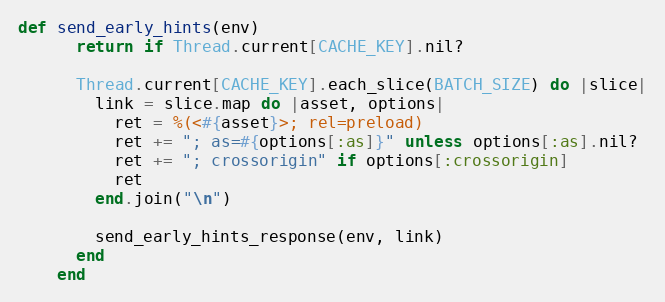
Language: Ruby
def send_early_hints(env)
      return if Thread.current[CACHE_KEY].nil?

      Thread.current[CACHE_KEY].each_slice(BATCH_SIZE) do |slice|
        link = slice.map do |asset, options|
          ret = %(<#{asset}>; rel=preload)
          ret += "; as=#{options[:as]}" unless options[:as].nil?
          ret += "; crossorigin" if options[:crossorigin]
          ret
        end.join("\n")

        send_early_hints_response(env, link)
      end
    end